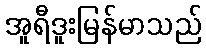
အူရီဒူးမြန်မာသည်